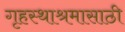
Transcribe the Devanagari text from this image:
गृहस्थाश्रमासाठी